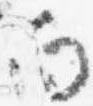
向